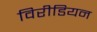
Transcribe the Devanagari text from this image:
विरीडियन